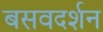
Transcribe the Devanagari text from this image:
बसवदर्शन